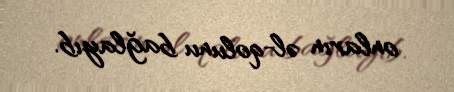
onların əl-qolunu bağlayıb.